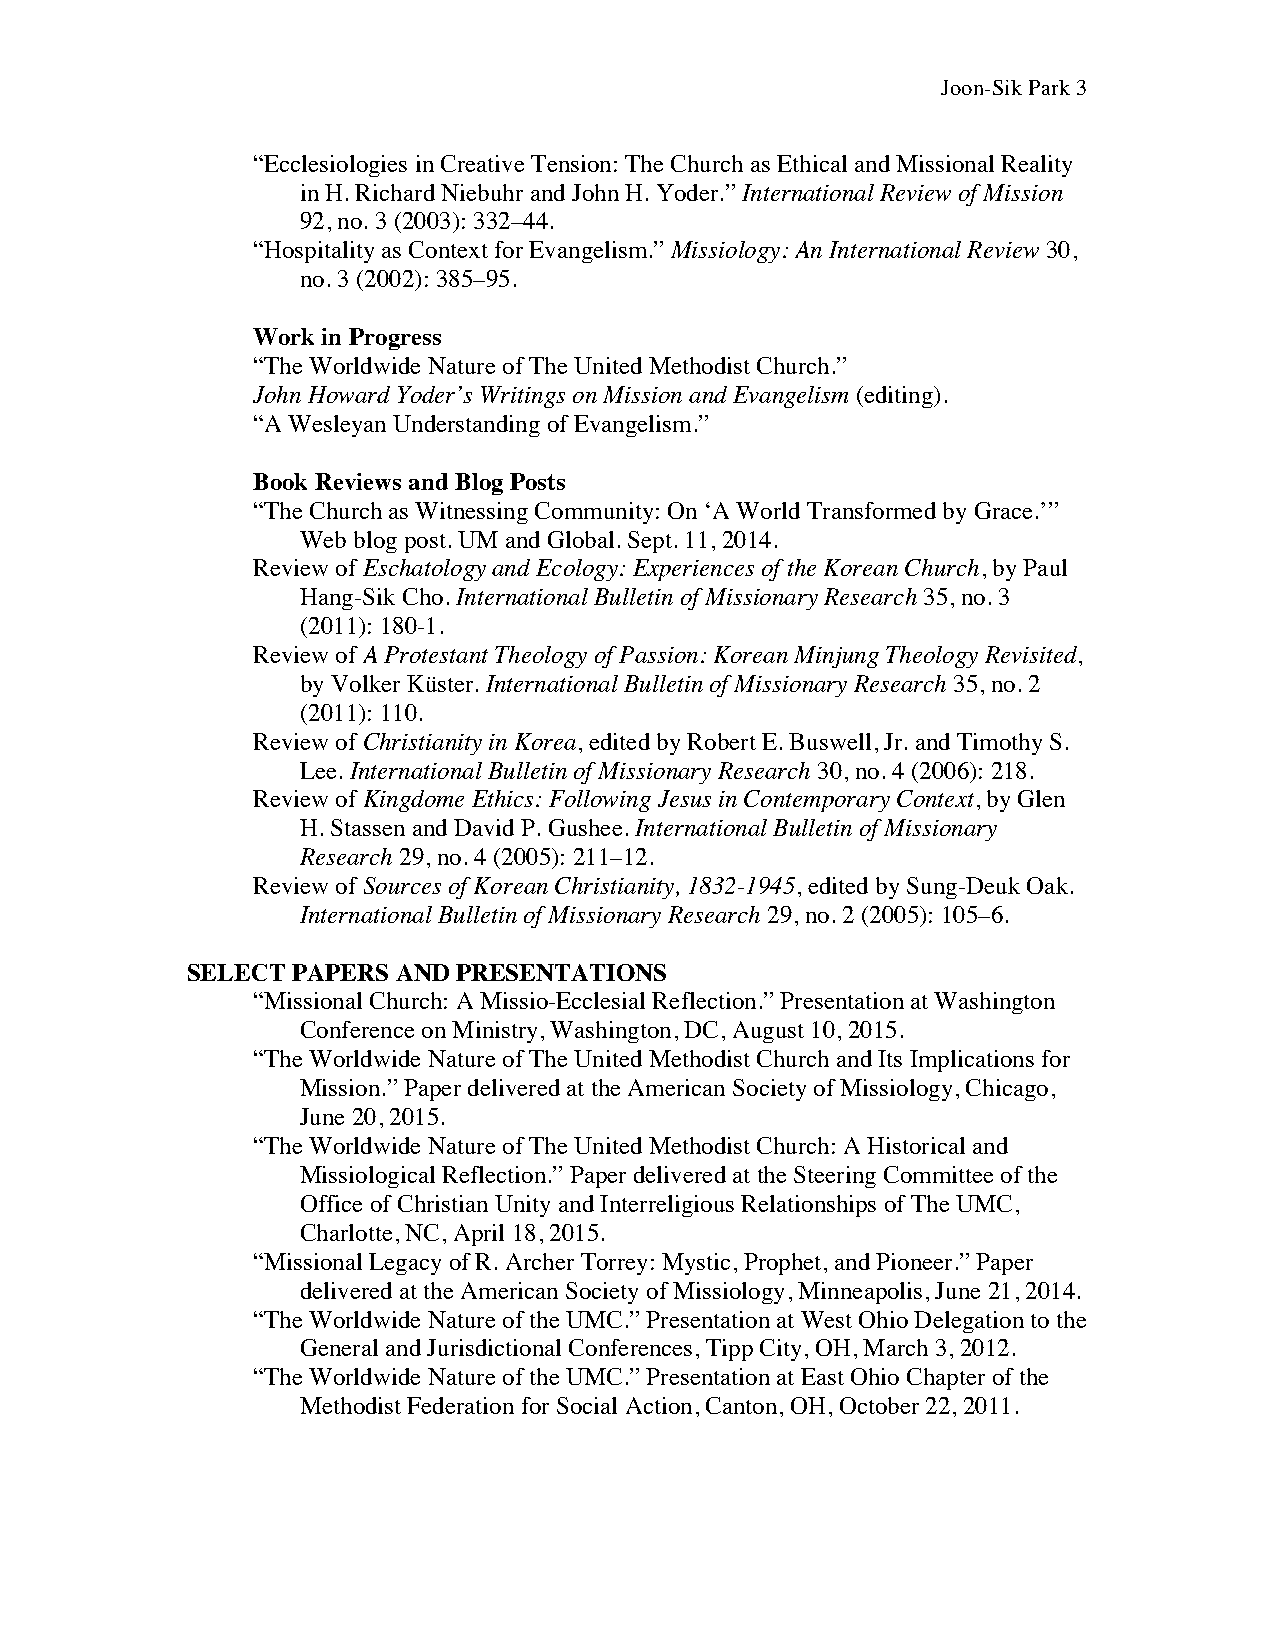
Joon-Sik Pa r k 3
 “Ecclesiologies in Creative Tension: The Church as Ethical and Missional Reality
 in H. Richard Niebuhr and John H. Yoder.” International Review of Mission
 92, no. 3 (2003): 332–44.
 “Hospitality as Context for Evangelism.” Missiology: An International Review 30,
 no. 3 (2002): 385–95.
 Work in Progress
 “The Worldwide Nature of The United Methodist Church.”
 John Howard Yoder’s Writings on Mission and Evangelism (editing).
 “A Wesleyan Understanding of Evangelism.”
 Book Reviews and Blog Posts
 “The Church as Witnessing Community: On ‘A World Transformed by Grace.’”
 Web blog post. UM and Global. Sept. 11, 2014.
 Review of Eschatology and Ecology: Experiences of the Korean Church, by Paul
 Hang-Sik Cho. International Bulletin of Missionary Research 35, no. 3
 (2011): 180-1.
 Review of A Protestant Theology of Passion: Korean Minjung Theology Revisited,
 by Volker Küster. International Bulletin of Missionary Research 35, no. 2
 (2011): 110.
 Review of Christianity in Korea, edited by Robert E. Buswell, Jr. and Timothy S.
 Lee. International Bulletin of Missionary Research 30, no. 4 (2006): 218.
 Review of Kingdome Ethics: Following Jesus in Contemporary Context, by Glen
 H. Stassen and David P. Gushee. International Bulletin of Missionary
 Research 29, no. 4 (2005): 211–12.
 Review of Sources of Korean Christianity, 1832-1945, edited by Sung-Deuk Oak.
 International Bulletin of Missionary Research 29, no. 2 (2005): 105–6.
 SELECT PAPERS AND PRESENTATIONS
 “Missional Church: A Missio-Ecclesial Reflection.” Presentation at Washington
 Conference on Ministry, Washington, DC, August 10, 2015.
 “The Worldwide Nature of The United Methodist Church and Its Implications for
 Mission.” Paper delivered at the American Society of Missiology, Chicago,
 June 20, 2015.
 “The Worldwide Nature of The United Methodist Church: A Historical and
 Missiological Reflection.” Paper delivered at the Steering Committee of the
 Office of Christian Unity and Interreligious Relationships of The UMC,
 Charlotte, NC, April 18, 2015.
 “Missional Legacy of R. Archer Torrey: Mystic, Prophet, and Pioneer.” Paper
 delivered at the American Society of Missiology, Minneapolis, June 21, 2014.
 “The Worldwide Nature of the UMC.” Presentation at West Ohio Delegation to the
 General and Jurisdictional Conferences, Tipp City, OH, March 3, 2012.
 “The Worldwide Nature of the UMC.” Presentation at East Ohio Chapter of the
 Methodist Federation for Social Action, Canton, OH, October 22, 2011.